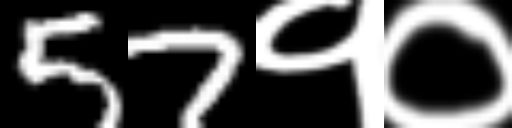
Text: 57१०